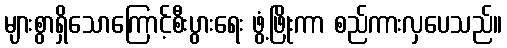
များစွာရှိသောကြောင့်စီးပွားရေး ဖွံ့ဖြိုးကာ စည်ကားလှပေသည်။